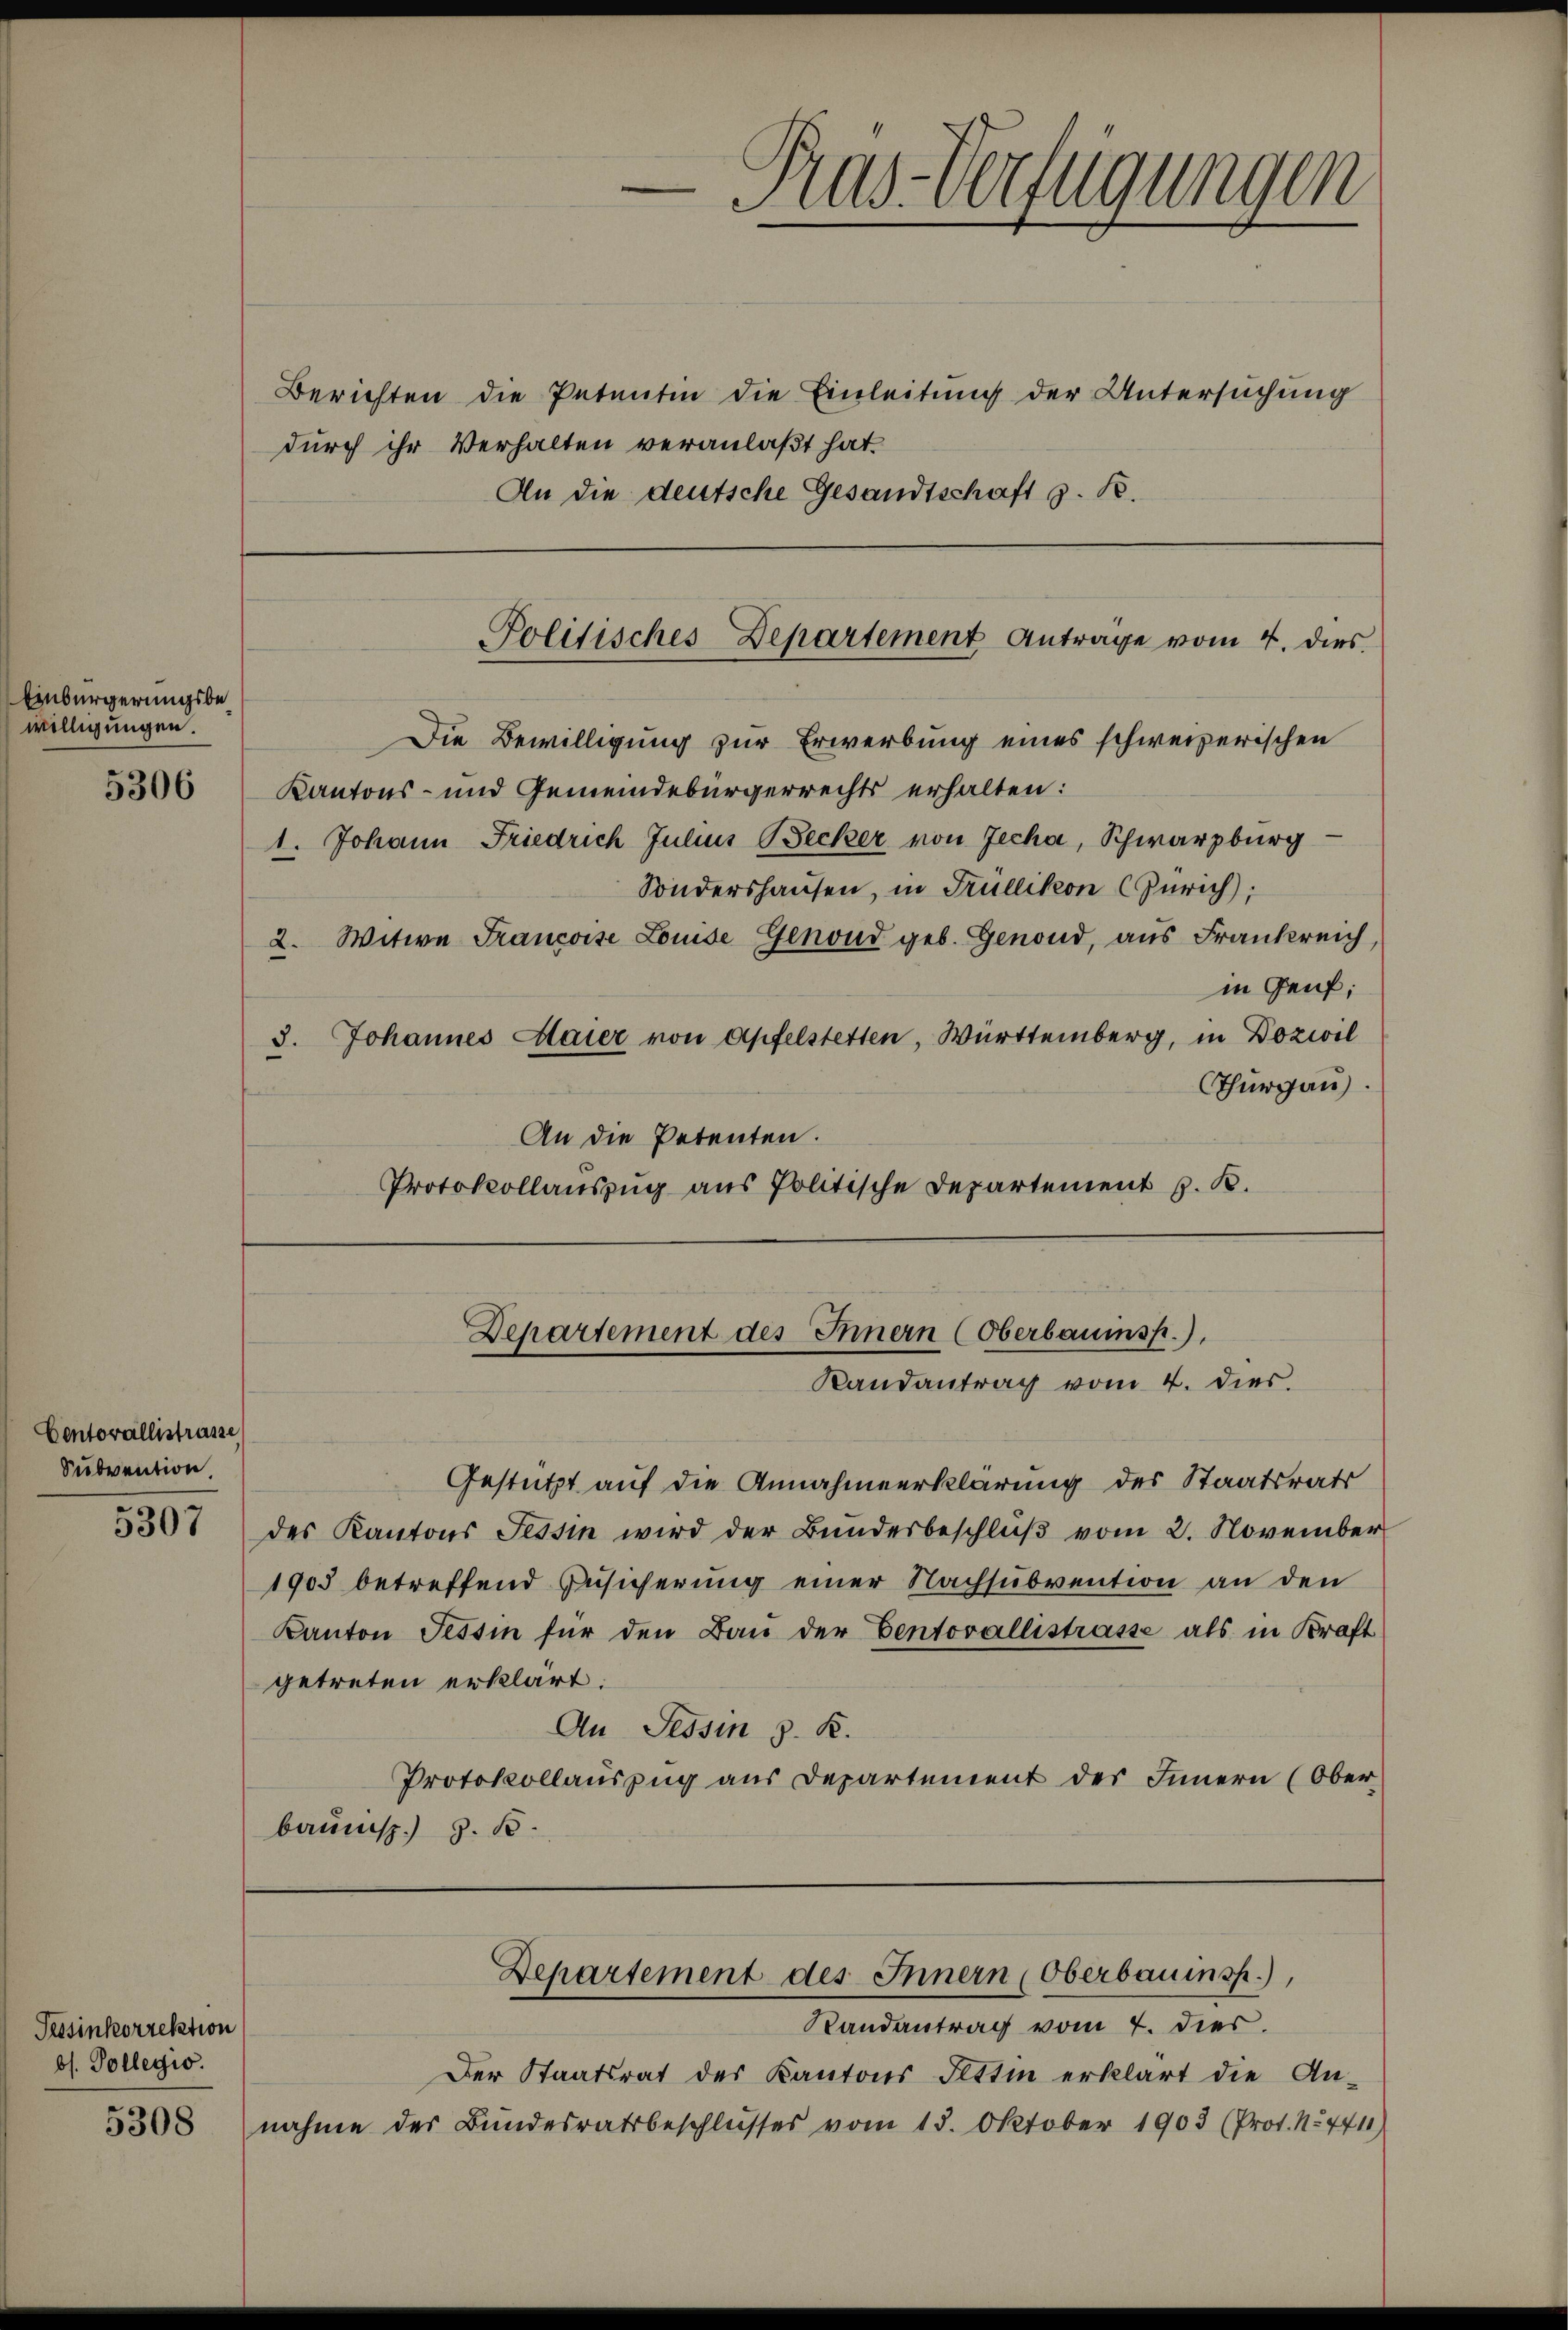
Einbürgerungsbewilligungen.
5306

Centovallistrasse
Subvention

5307

Pessinkorrektion
bs. Vollegio

5308

Berichten die Petentin die Einleitung der Untersuchung
durch ihr Verhalten veranlaßt hat.
An die deutsche Gesandtschaft z. B.

Die Bewilligung zur Erwerbung eines schweizerischen
Kantons- und Gemeindebürgerrechts erhalten:
1. Johann Friedrich Julius Becker von Jecha, Schwarzburg
Sondershausen, in Trüllikon (Zürich),
2. Witwe Francoise Louise Genoud geb. Genond, aus Frankreich,
in Genf;
3. Johannes Maier von Apfelstetten, Württemberg, in Dozivil
Thurgau.
An die Petenten.
Protokollauszug aus Politische Departement J. R.

Pas-Verfügungen

Politisches Departement Anträge vom 4. dies

Departement des Innern (Oberbauinsp.).
Randantrag vom 4. dies

Gestützt auf die Annahmeerklärung des Staatsrats
des Kantons Tessin wird der Bundesbeschlŭβ vom 2. November
1905 betreffend Zusicherung einer Nachsubvention an den
Kanton Tessin für den Bau der Ventovallistrasse als in Kraft
getreten erklärt:
An Tessin 8. K.
Protokollauszug aus Departement des Innern (Ober-
baunisp. z. B.

Randantrag vom 7. dies
Der Staatsrat des Kantons Tettin erklärt die An-
nahme des Bundesratsbeschlŭsses vom 15. Oktober 1903 (Prot. No. 4411)

Departement des Innern (Oberbauinsp.),